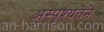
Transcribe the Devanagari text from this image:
अस्पृश्यतेने